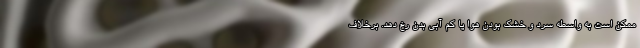
ممکن است به واسطه سرد و خشک بودن هوا یا کم آبی بدن رخ دهد. برخلاف